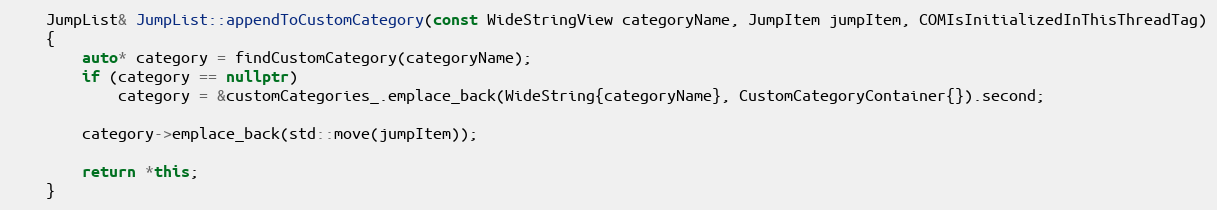
Language: C++
    JumpList& JumpList::appendToCustomCategory(const WideStringView categoryName, JumpItem jumpItem, COMIsInitializedInThisThreadTag)
    {
        auto* category = findCustomCategory(categoryName);
        if (category == nullptr)
            category = &customCategories_.emplace_back(WideString{categoryName}, CustomCategoryContainer{}).second;

        category->emplace_back(std::move(jumpItem));

        return *this;
    }